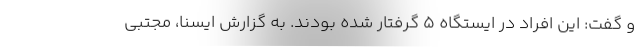
و گفت: این افراد در ایستگاه ۵ گرفتار شده بودند. به گزارش ایسنا، مجتبی